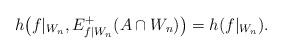
LaTeX: \begin{align*}h\big( f|_{W_{n}},E^+_{f|W_{n}}(A\cap W_{n})\big) = h(f|_{W_{n}}). \end{align*}